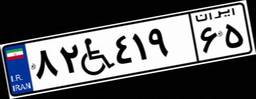
۸۲W۴۱۹۶۵